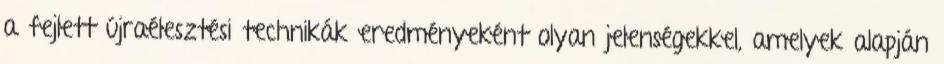
a fejlett újraélesztési technikák eredményeként olyan jelenségekkel, amelyek alapján